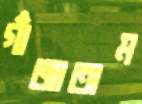
গাঁজাতাম